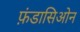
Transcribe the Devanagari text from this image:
फ़ंडासिओन